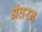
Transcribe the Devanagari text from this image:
अंतरन